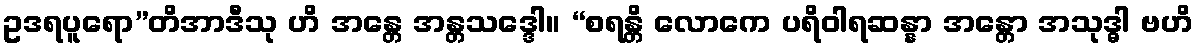
ဥဒရပူရော”တိအာဒီသု ဟိ အန္တေ အန္တသဒ္ဒေါ။ “စရန္တိ လောကေ ပရိဝါရဆန္နာ အန္တော အသုဒ္ဓါ ဗဟိ